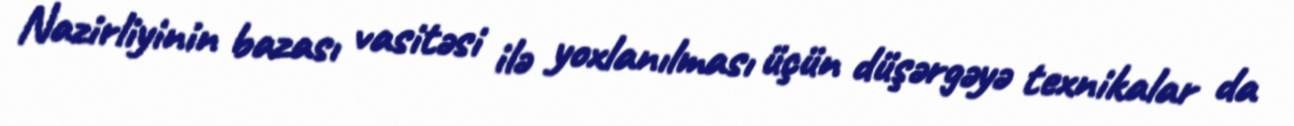
Nazirliyinin bazası vasitəsi ilə yoxlanılması üçün düşərgəyə texnikalar da